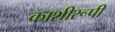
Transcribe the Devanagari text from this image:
काशीरूपी